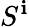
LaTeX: S^{\mathbf{i}}